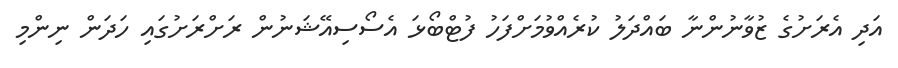
އަދި އެރަށުގެ ޒުވާނުންނާ ބައްދަލު ކުރެއްވުމަށްފަހު ފުޓްބޯޅަ އެސޯސިއޭޝަނުން ރަށްރަށުގައި ހަދަން ނިންމި